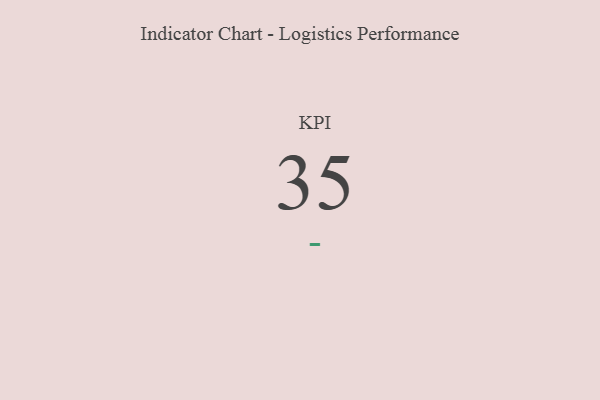
{"axis": {"x": "KPI", "y": "Value"}, "legend": [""], "data": [{"x": "KPI", "y": 35, "type": ""}]}